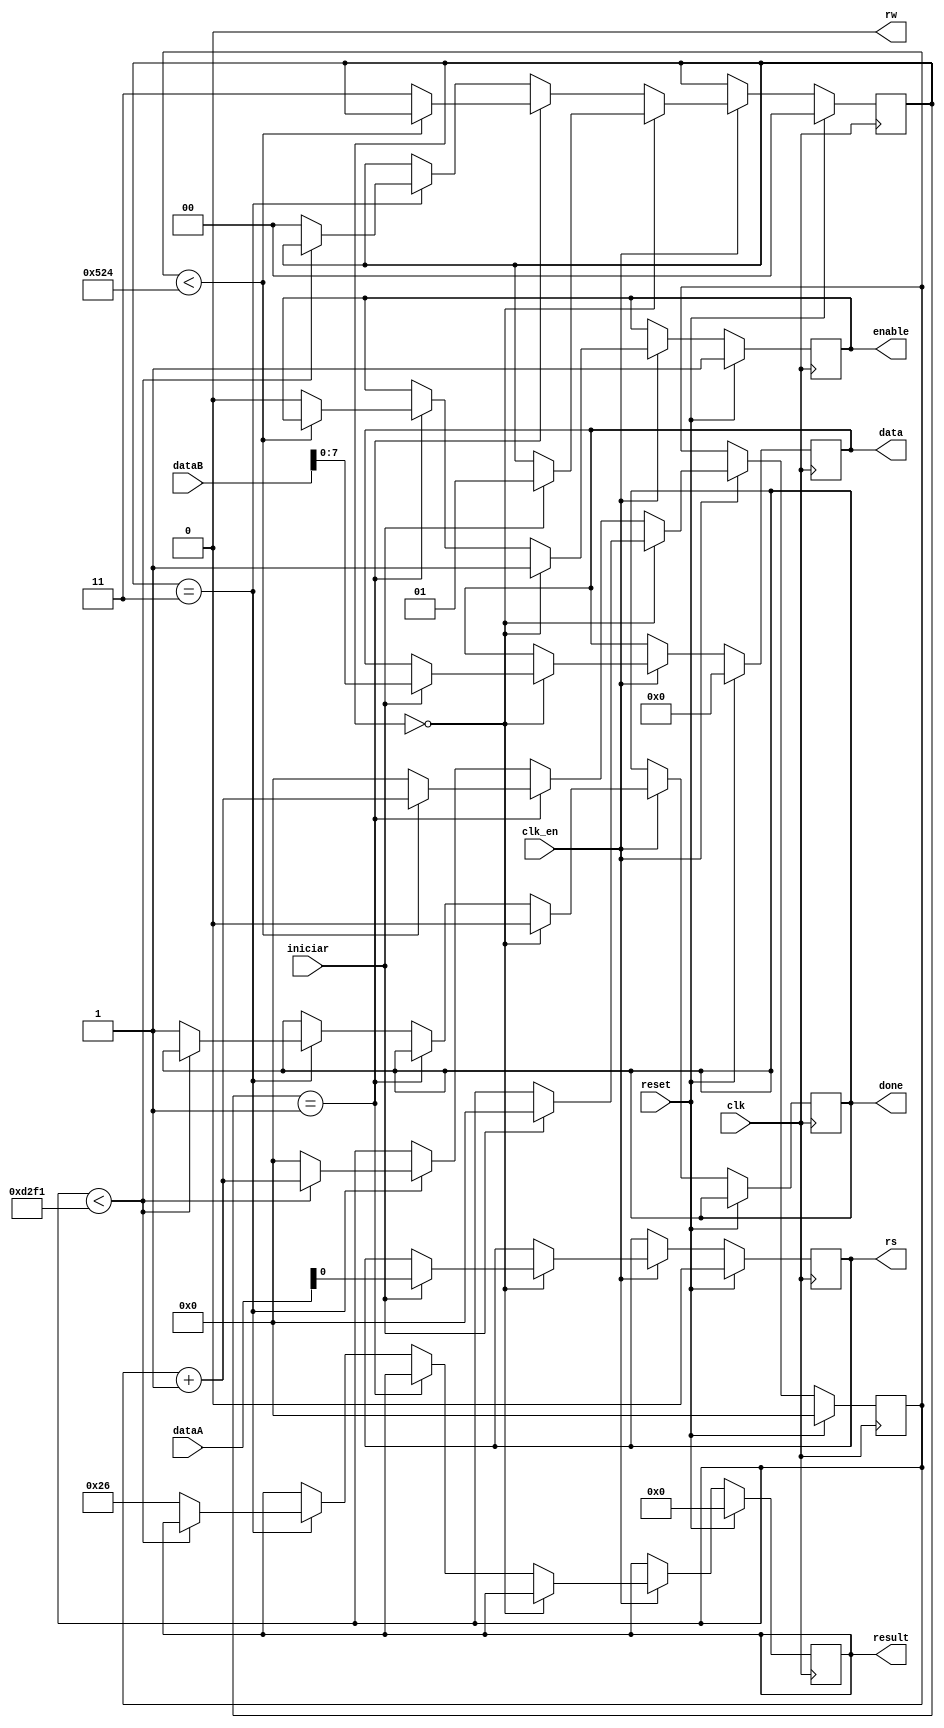

module display(
  clk,
  clk_en,
  reset,
  dataA,
  dataB,
  iniciar,
  done,
  result,
  rs,
  rw,
  enable,
  data
  );
  //Declarando entradas
  input clk, clk_en, reset, iniciar;
  input [31:0] dataA, dataB;
  //Declarando sadas
  output reg [7:0] data;
  output reg rs, enable, done;
  output reg [31:0] result;
  output rw;
  //Declarando variveis auxiliares
  reg [15:0] contador;
  reg [1:0] estadoAtual; //Guarda o estado atual do circuito (parado, ocupado, acabou)

  assign rw = 1'b0; //Seta a funo sempre de escrita (no ser necessrio ler do display)

  always @(posedge clk) //Executa o loop sempre que acontece uma borda de subida
  //20ns = 1 clk
  begin
    if(reset) //Se reset == 1 limpa todos os dados.
      begin
          estadoAtual <= 2'b00; // Define o estado como livre/ocioso
          contador <= 16'd0; //Zera o contador
          result <= 32'd0;
          data <= 8'b0; //Limpa o registrador de saida
          rs <= 1'b0;
          enable <= 1'b1;
      end
    else
      begin
        if(clk_en)
          begin //Inicio do 'if' (clk_en)
            if(estadoAtual == 2'b00) //Ocioso
              begin
                done <= 1'b0; // Operao ainda no foi finalizada
                enable <= 1'b1; //Seta o enable
                if(iniciar == 1'b1)
                  begin
                    estadoAtual <= 2'b01; //Ocupado
                    rs <= dataA[0]; //Verifica se  comando ou dado
                    data <= dataB[7:0]; // Copia os dados da entrada para o registrador de sada
                    contador <= 16'd0; //Zera o contador
                  end //Fim do 'if' (iniciar == 1'b1)
              end //Fim do 'if' (estadoAtual)
              else if (estadoAtual == 2'b01)
                begin //Inicio do 'if' OCUPADO
                  if(contador < 16'd1316)
                    begin //Inicio 'if' que verifica contador
                      contador <= contador + 16'd1; //Incrementa o contador em 1;
                    end //Fim do 'if' que verifica contador
                  else
                    begin //Inicio do else
                      estadoAtual <= 2'b11; //J aguardou o tempo necessrio
                      contador <= 16'd0; //Zera contador
                      enable <= 1'b0; //Altera o sinal do enable para permitir a passagem dos dados.
                    end //Fim do else
                end //Fim do 'if' OCUPADO
              else if (estadoAtual == 2'b11)
                begin //Inicio do 'if' FINAL
                  if(contador < 16'd54001)
                    begin //Inicio 'if' que verifica contador
                      contador <= contador + 16'd1; //Incrementa o contador em 1;
                    end //Fim do 'if' que verifica contador
                  else
                    begin //Inicio do else
                      estadoAtual <= 2'b00; //Altera o estado para ocioso.
                      done <= 1'b1; //Informa ao nios que a instruo terminou
                      result <= 32'd38; //Se for 1 'escreveu'
                      contador <= 16'd0; //Zera contador
                    end //Fim do else
                end //Fim do 'if' FINAL
          end //Fim do 'if' (clk_en)
      end
    end
  endmodule